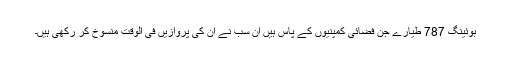
بوئینگ 787 طیّارے جن فضائی کمپنیوں کے پاس ہیں اُن سب نے اُن کی پروازیں فی الوقت منسُوخ کر رکھی ہیں۔